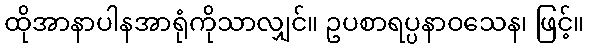
ထိုအာနာပါနအာရုံကိုသာလျှင်။ ဥပစာရပ္ပနာဝသေန၊ ဖြင့်။